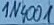
Text: 1N4001